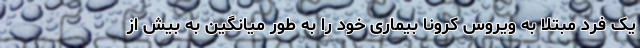
یک فرد مبتلا به ویروس کرونا بیماری خود را به طور میانگین به بیش از